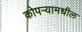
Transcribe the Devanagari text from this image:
कोपर्‍यामधील